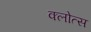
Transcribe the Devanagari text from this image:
क्लोत्स